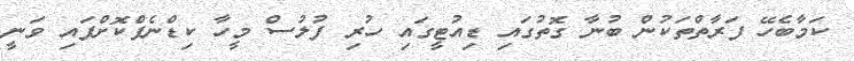
ކަމާބެހޭ ފަރާތްތަކުން ބުނާ ގޮތުގައި ޑިއުޓީގައި ހުރި ފުލުސް މީހާ ކިޑްނެޕްކޮށްފައި ވަނީ